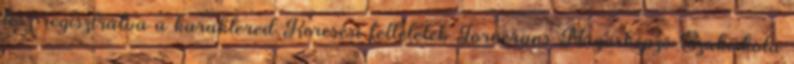
lesz regisztrálva a karaktered Keresési feltételek Tornerans Mágusképző Szakiskola